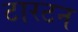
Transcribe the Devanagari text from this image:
टारटन